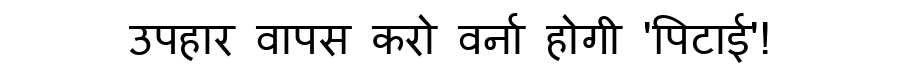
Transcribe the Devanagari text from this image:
उपहार वापस करो वर्ना होगी 'पिटाई'!